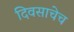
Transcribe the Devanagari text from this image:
दिवसाचेच